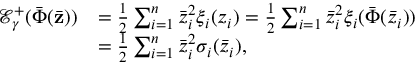
\begin{array} { r l } { \mathcal { E } _ { \gamma } ^ { + } ( \bar { \Phi } ( \bar { \mathbf { z } } ) ) } & { = \frac { 1 } { 2 } \sum _ { i = 1 } ^ { n } \bar { z } _ { i } ^ { 2 } \xi _ { i } ( z _ { i } ) = \frac { 1 } { 2 } \sum _ { i = 1 } ^ { n } \bar { z } _ { i } ^ { 2 } \xi _ { i } ( \bar { \Phi } ( \bar { z } _ { i } ) ) } \\ & { = \frac { 1 } { 2 } \sum _ { i = 1 } ^ { n } \bar { z } _ { i } ^ { 2 } \sigma _ { i } ( \bar { z } _ { i } ) , } \end{array}